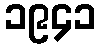
၁၉၄၁